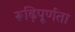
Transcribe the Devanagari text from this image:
रूढ़िपूर्णता